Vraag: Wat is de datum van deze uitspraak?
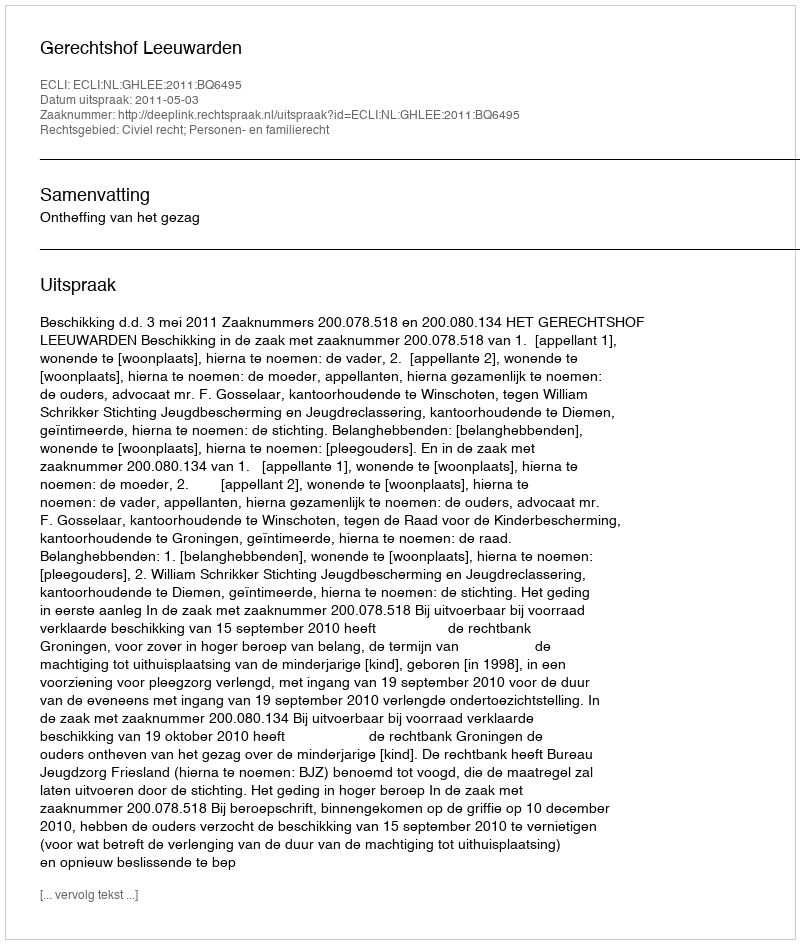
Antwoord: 2011-05-03